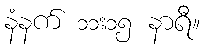
နံနက် ၁၁း၁၅ နာရီ။